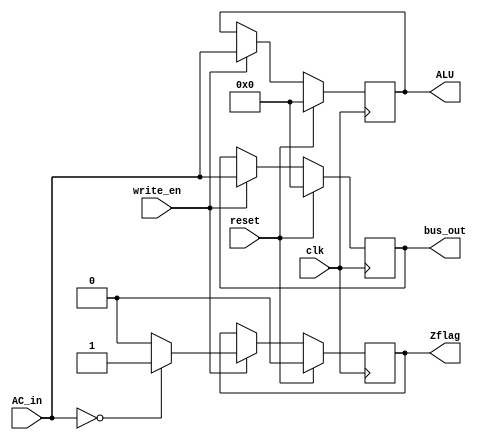
module AC 
#(parameter reg_width=12) //need to decide the bit size
(
    input wire clk,reset,write_en, // control unit // read en should be handled by bus
    input wire [(reg_width-1):0] AC_in, // ALU output
    output reg [reg_width-1:0] ALU, //ALU input
    output reg [reg_width-1:0] bus_out, // to the bus
    output reg Zflag //moving z flag to ac
);

always @(posedge clk) 
begin

    if(reset)
        begin        
   
            ALU = 12'b000000000000;
            bus_out = 12'b000000000000;
            Zflag =1'b0;        //moving z flag to ac
        end
        
    else if (write_en)
    begin
        ALU = AC_in;
		bus_out = AC_in;

//moving z flag to ac
//added newly to get proper z value
        if (AC_in == 12'b000000000000)
           Zflag = 1'b1;
        else
           Zflag = 1'b0;

    end
    
end
endmodule